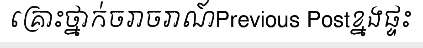
គ្រោះថ្នាក់ចរាចរាណ៍Previous Postខ្នងផ្ទះ